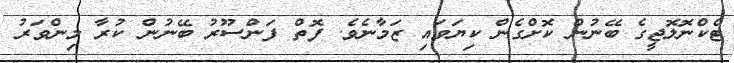
ޓެކްނޮލޮޖީގެ ބޭނުން ކޮށްގެން ކިޔަވައި ޒަމާނެވެ. ފޮތް ފަންސޫރު ބޭނުން ކުރާ މިންވަރު